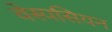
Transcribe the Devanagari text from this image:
वेस्पसियन